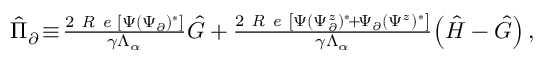
\begin{array} { r } { \hat { \Pi } _ { \partial } \! \equiv \! \frac { 2 \textit { R e } \left[ \Psi ( { \Psi } _ { \partial } ) ^ { * } \right] } { \gamma \Lambda _ { \alpha } } \hat { G } + \frac { 2 \textit { R e } \left[ \Psi ( \Psi _ { \partial } ^ { z } ) ^ { * } \! + \! \Psi _ { \partial } ( \Psi ^ { z } ) ^ { * } \right] } { \gamma \Lambda _ { \alpha } } \! \left( \hat { H } - \hat { G } \right) , } \end{array}